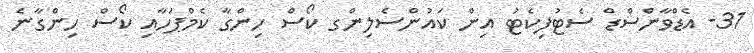
31- އެޑްވާންސްޑް ސެޓުފިކެޓު އިން ކައުންސެލިންގ ކޯސް ހިންގާ ކެމްޕަހާއި ކޯސް ހިންގާނެ